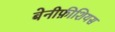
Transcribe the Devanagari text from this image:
बेनीफ़ीशियस